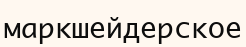
маркшейдерское